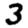
Digit: 3